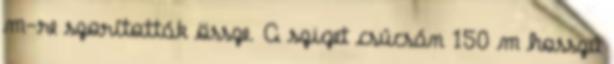
m-re szorították össze. A sziget csúcsán 150 m hosszú